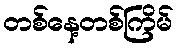
တစ်နေ့တစ်ကြိမ်